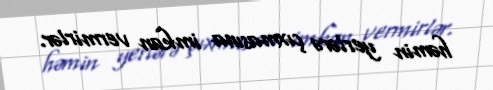
həmin yerlərə çıxmasına imkan vermirlər.